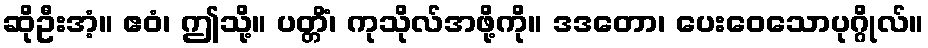
ဆိုဦးအံ့။ ဧဝံ၊ ဤသို့။ ပတ္တိံ၊ ကုသိုလ်အဖို့ကို။ ဒဒတော၊ ပေးဝေသောပုဂ္ဂိုလ်။